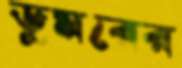
ডুমরের